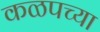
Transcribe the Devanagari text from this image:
कळपच्या